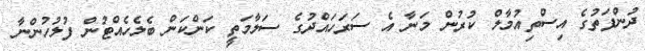
ދުންފަތުގެ އިސްތިއުމާލް ކުރުން މަނާ އެ ސަރަހައްދުގެ ސަލާމަތީ ކަންކަން ބެލެހެއްޓުން ފުލުހުންނާ